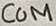
Text: COM